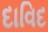
દાવિદ